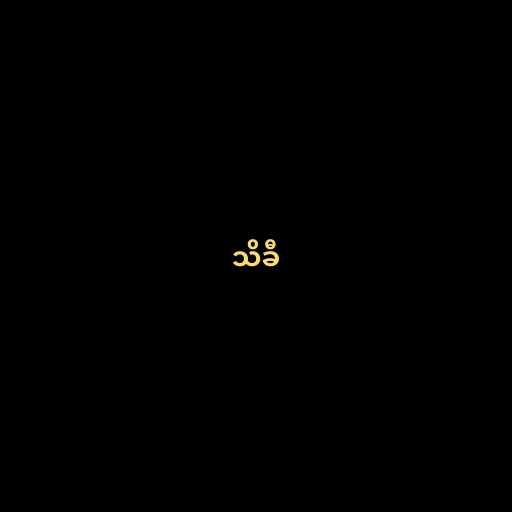
သိခီ